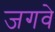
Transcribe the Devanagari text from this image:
जगवे